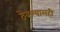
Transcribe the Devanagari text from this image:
ठेवण्यासही